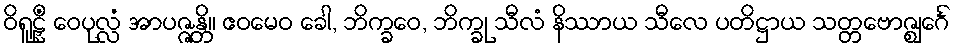
ဝိရူဠှိံ ဝေပုလ္လံ အာပဇ္ဇန္တိ။ ဧဝမေဝ ခေါ, ဘိက္ခဝေ, ဘိက္ခု သီလံ နိဿာယ သီလေ ပတိဋ္ဌာယ သတ္တဗောဇ္ဈင်္ဂေ